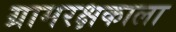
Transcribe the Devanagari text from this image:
ग्रामरक्षकाला